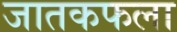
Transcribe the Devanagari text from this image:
जातकफला